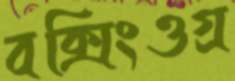
বক্সিংওগ্র